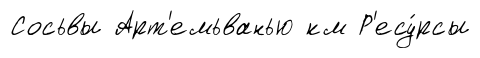
Сосьвы Арт'емьванью км Р'есу́рсы